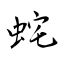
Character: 䖳